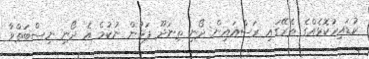
ކުޑައިރުކޮޅެއްގެ ތެރޭގައި ރަސްއައިން ދޯނި ތިނަދޫ ފަޅުން ނުކުމެ އެ ދޯނި ނިސްބަތްވާ